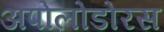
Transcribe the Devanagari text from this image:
अपोलोडोरस